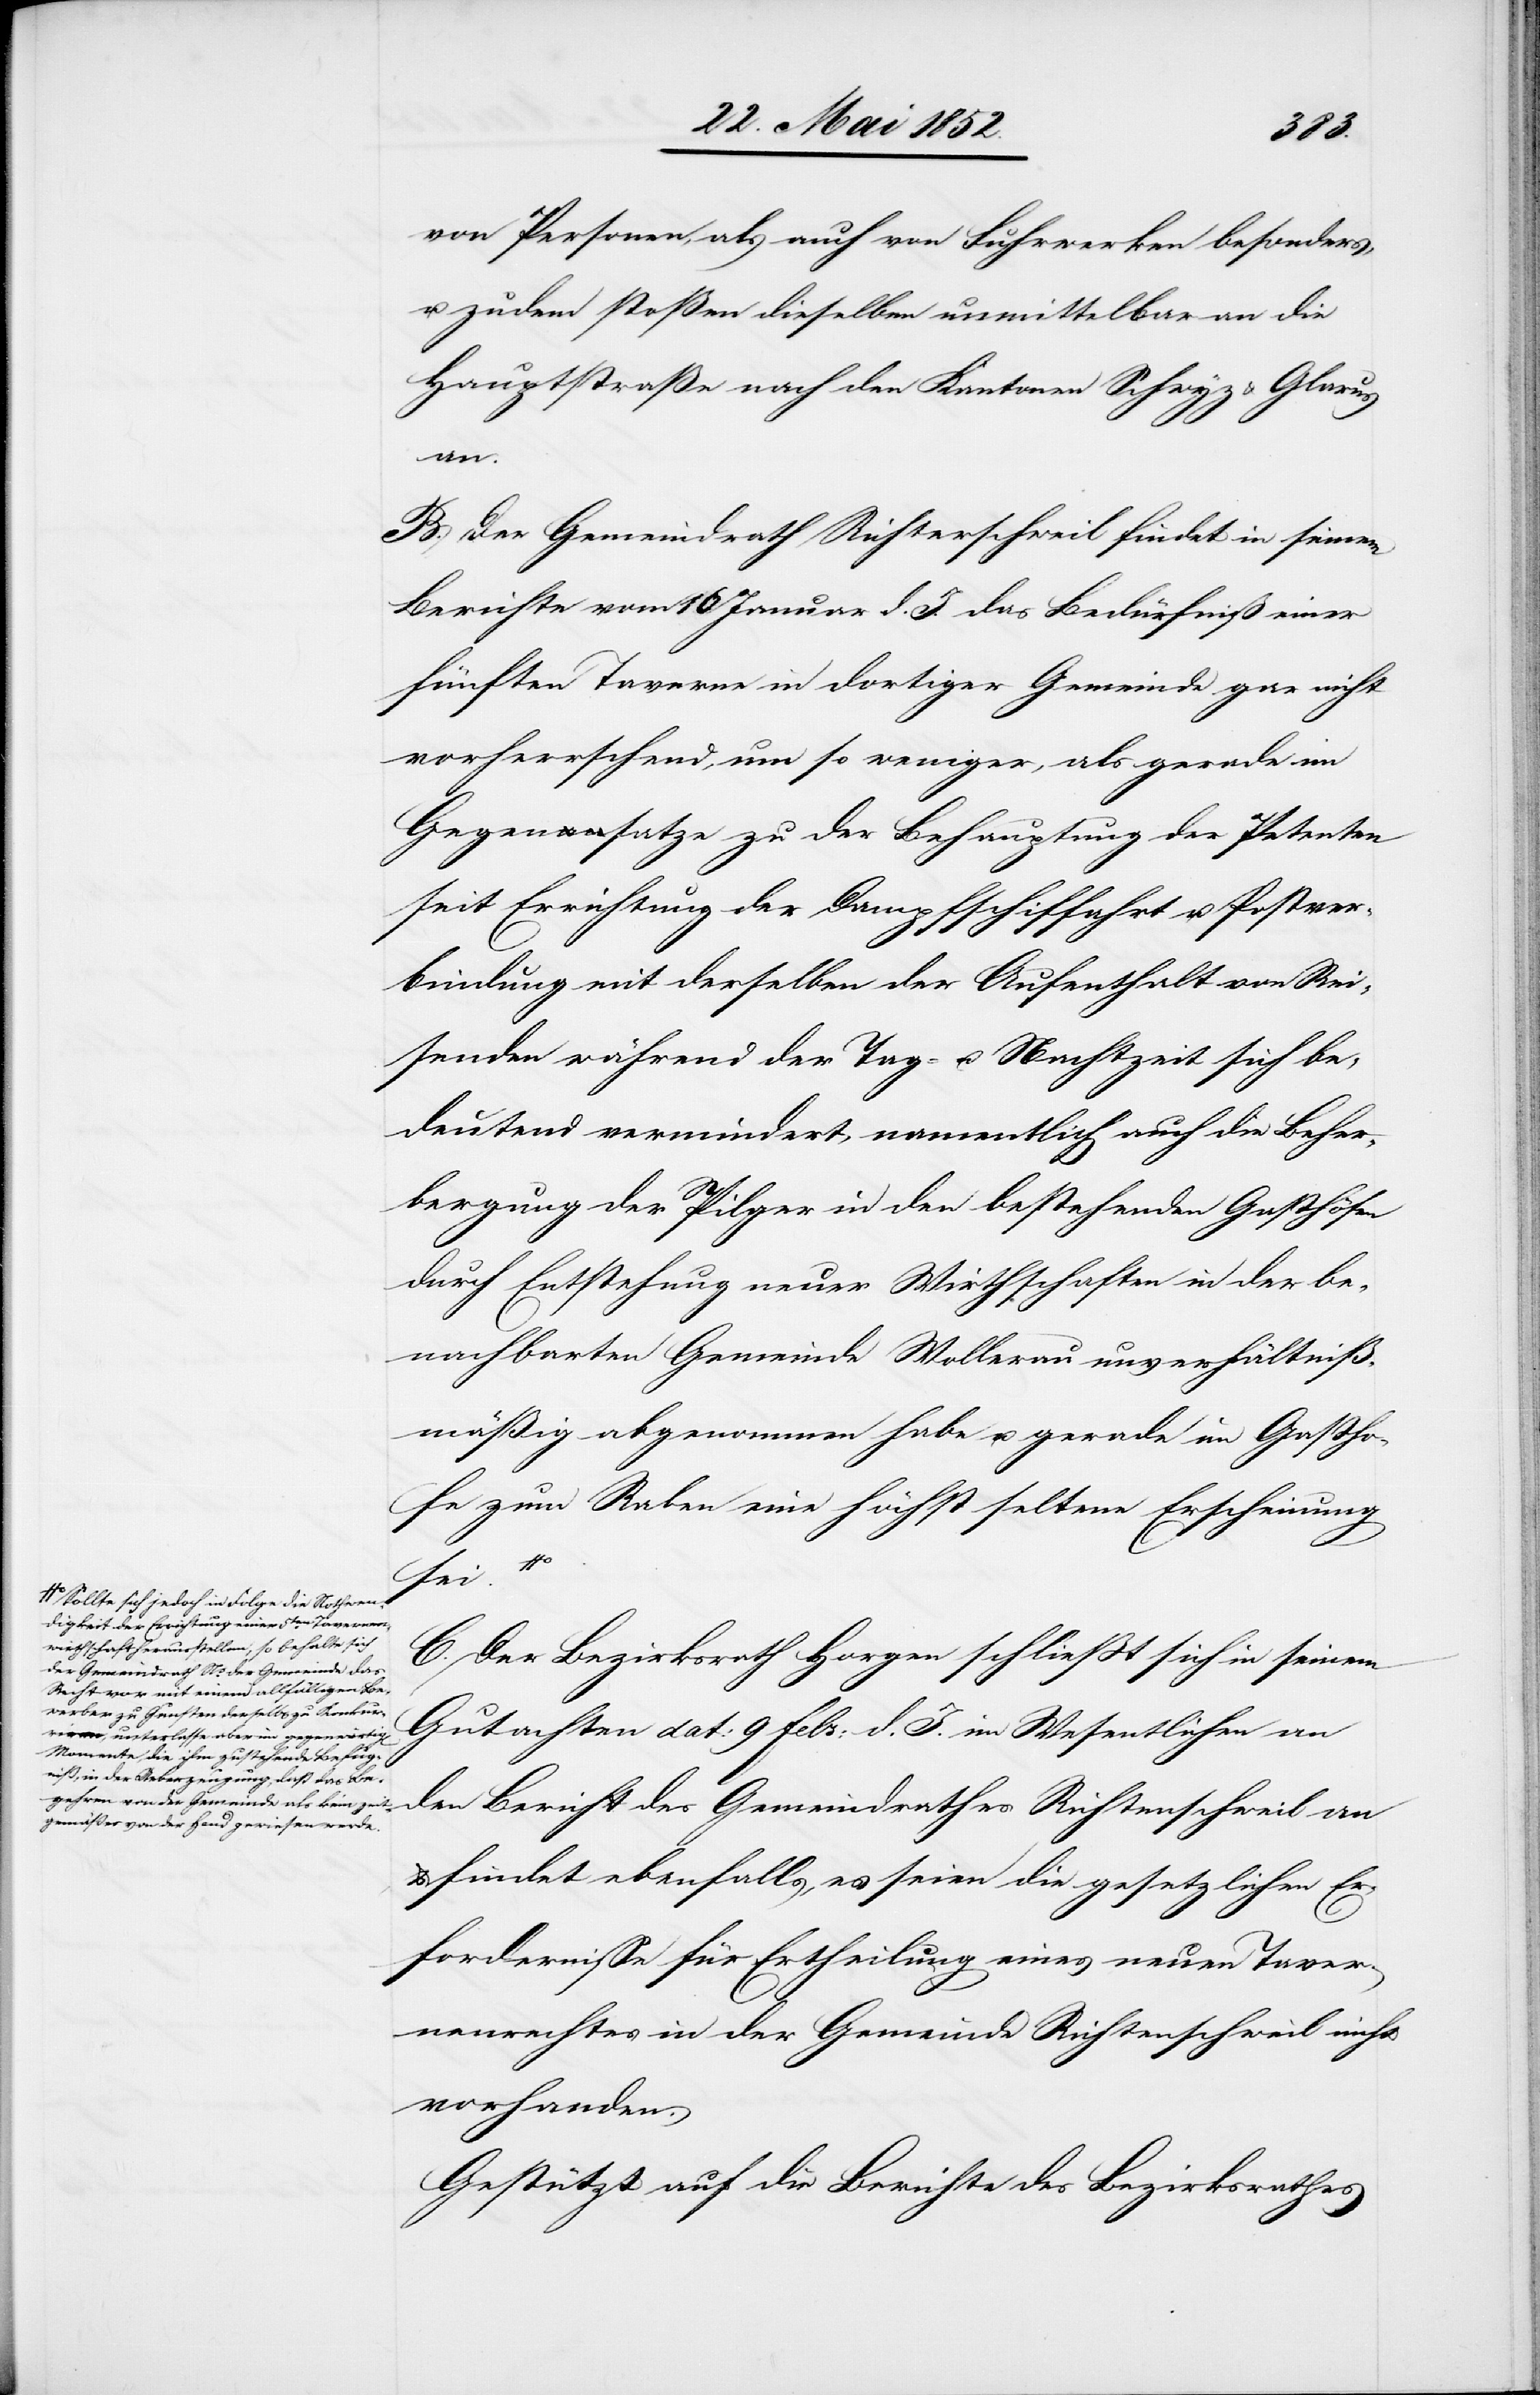
a-Sollte sich jedoch in Folge die Nothwen¬
digkeit der Errichtung einer 5ten. Tavernen¬
wirthschaft herausstellen, so behalte sich
der Gemeindrath Ns. der Gemeinde das
Recht vor mit einem allfälligen Be¬
werber zu Gunsten derselb[en] zu Konkurr¬
unterlasse aber im gegenwärtig[en]
Momente, die ihm zustehende Befug¬
niß, in der Ueberzeugung, daß das Be¬
gehren von der Gemeinde als kein zeit¬
gemäßes von der Hand gewiesen werde.-a

von Personen, als auch von Fuhrwerken besonders,
u. zudem stoßen dieselben unmittelbar an die
Hauptstraße nach den Kantonen Schwyz & Glarus
iren
B. Der Gemeindrath Richterschweil findet in seinem
Berichte vom 16 Januar d. J. das Bedürfniß einer
fünften Taverne in dortiger Gemeinde gar nicht
vorherrschend, um so weniger, als gerade im
Gegensatze zu der Behauptung der Petenten
seit Errichtung der Dampfschiffahrt u. Postver¬
bindung mit derselben der Aufenthalt von Rei¬
senden während der Tag- u. Nachtzeit sich be¬
deutend vermindert, namentlich auch die Beher¬
bergung der Pilger in den bestehenden Gasthöfen
durch Entstehung neuer Wirthschaften in der be¬
nachbarten Gemeinde Wollerau unverhältniß¬
mäßig abgenommen habe u. gerade im Gastho¬
fe zum Raben eine höchst seltene Erscheinung
sei.
C. Der Bezirksrath Horgen schliesst sich in seinem
Gutachten dat: 9 Febr: d. J. im Wesentlichen an
den Bericht des Gemeindrathes Richtenschweil an
findet ebenfalls, es seien die gesetzlichen Er¬
fordernisse für Ertheilung eines neuen Taver¬
nenrechtes in der Gemeinde Richtenschweil nicht
vorhanden.
Gestützt auf die Berichte des Bezirksrathes